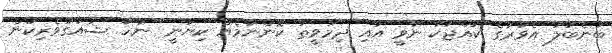
ބުނެބަލަ އެވަރުގެ ކުއްޖަކާ ނާވީ އާއި ދިމާވީތަ ކޮންނަމެއް ކިޔަނީ" ނުހާ ޝައުގުވެރިކަން